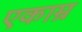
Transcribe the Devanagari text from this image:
एकाम्र